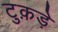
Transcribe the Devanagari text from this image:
टुक़ड़े